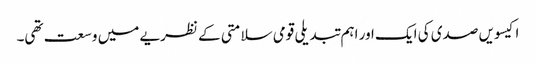
اکیسویں صدی کی ایک اور اہم تبدیلی قومی سلامتی کے نظریے میں وسعت تھی۔